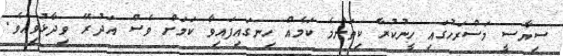
ސިޔާސީ މަސްރަހުގައި ހީނުކުރާ ކިތަންމެ ކަމެއް ހިނގައިފައިވާ ކަމަށް ވެސް އަދުރޭ ވިދާޅުވިއެވެ.